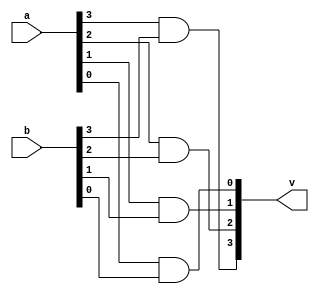
module and_opration(v,a,b);
input [0:3]a;
input [0:3]b;
output [0:3]v;
and(v[0],a[0],b[0]);
and(v[1],a[1],b[1]);
and(v[2],a[2],b[2]);
and(v[3],a[3],b[3]);
endmodule